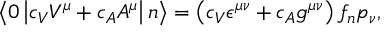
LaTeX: \left< 0 \left| c _ { V } V ^ { \mu } + c _ { A } A ^ { \mu } \right| n \right> = \left( c _ { V } \epsilon ^ { \mu \nu } + c _ { A } g ^ { \mu \nu } \right) f _ { n } p _ { \nu } ,